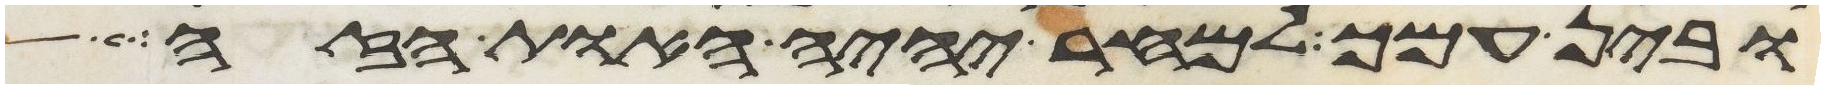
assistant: ובין עמך למחר יהיה האות הזה